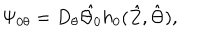
\Psi _ { 0 \theta } = D _ { \theta } \hat { \Theta _ { 0 } } h _ { 0 } ( \hat { Z } , \hat { \Theta } ) ,